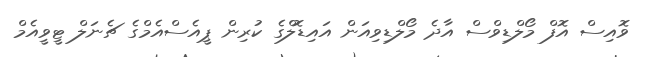
ވޮއިސް އޮފް މޯލްޑިވްސް އާދެ މޯލްޑިވިއަން އައިޑޮލްގެ ކުރިން ޕީއެސްއެމްގެ ޗެނަލް ޓީވީއެމް